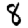
Digit: 8